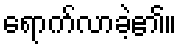
ရောက်လာခဲ့၏။